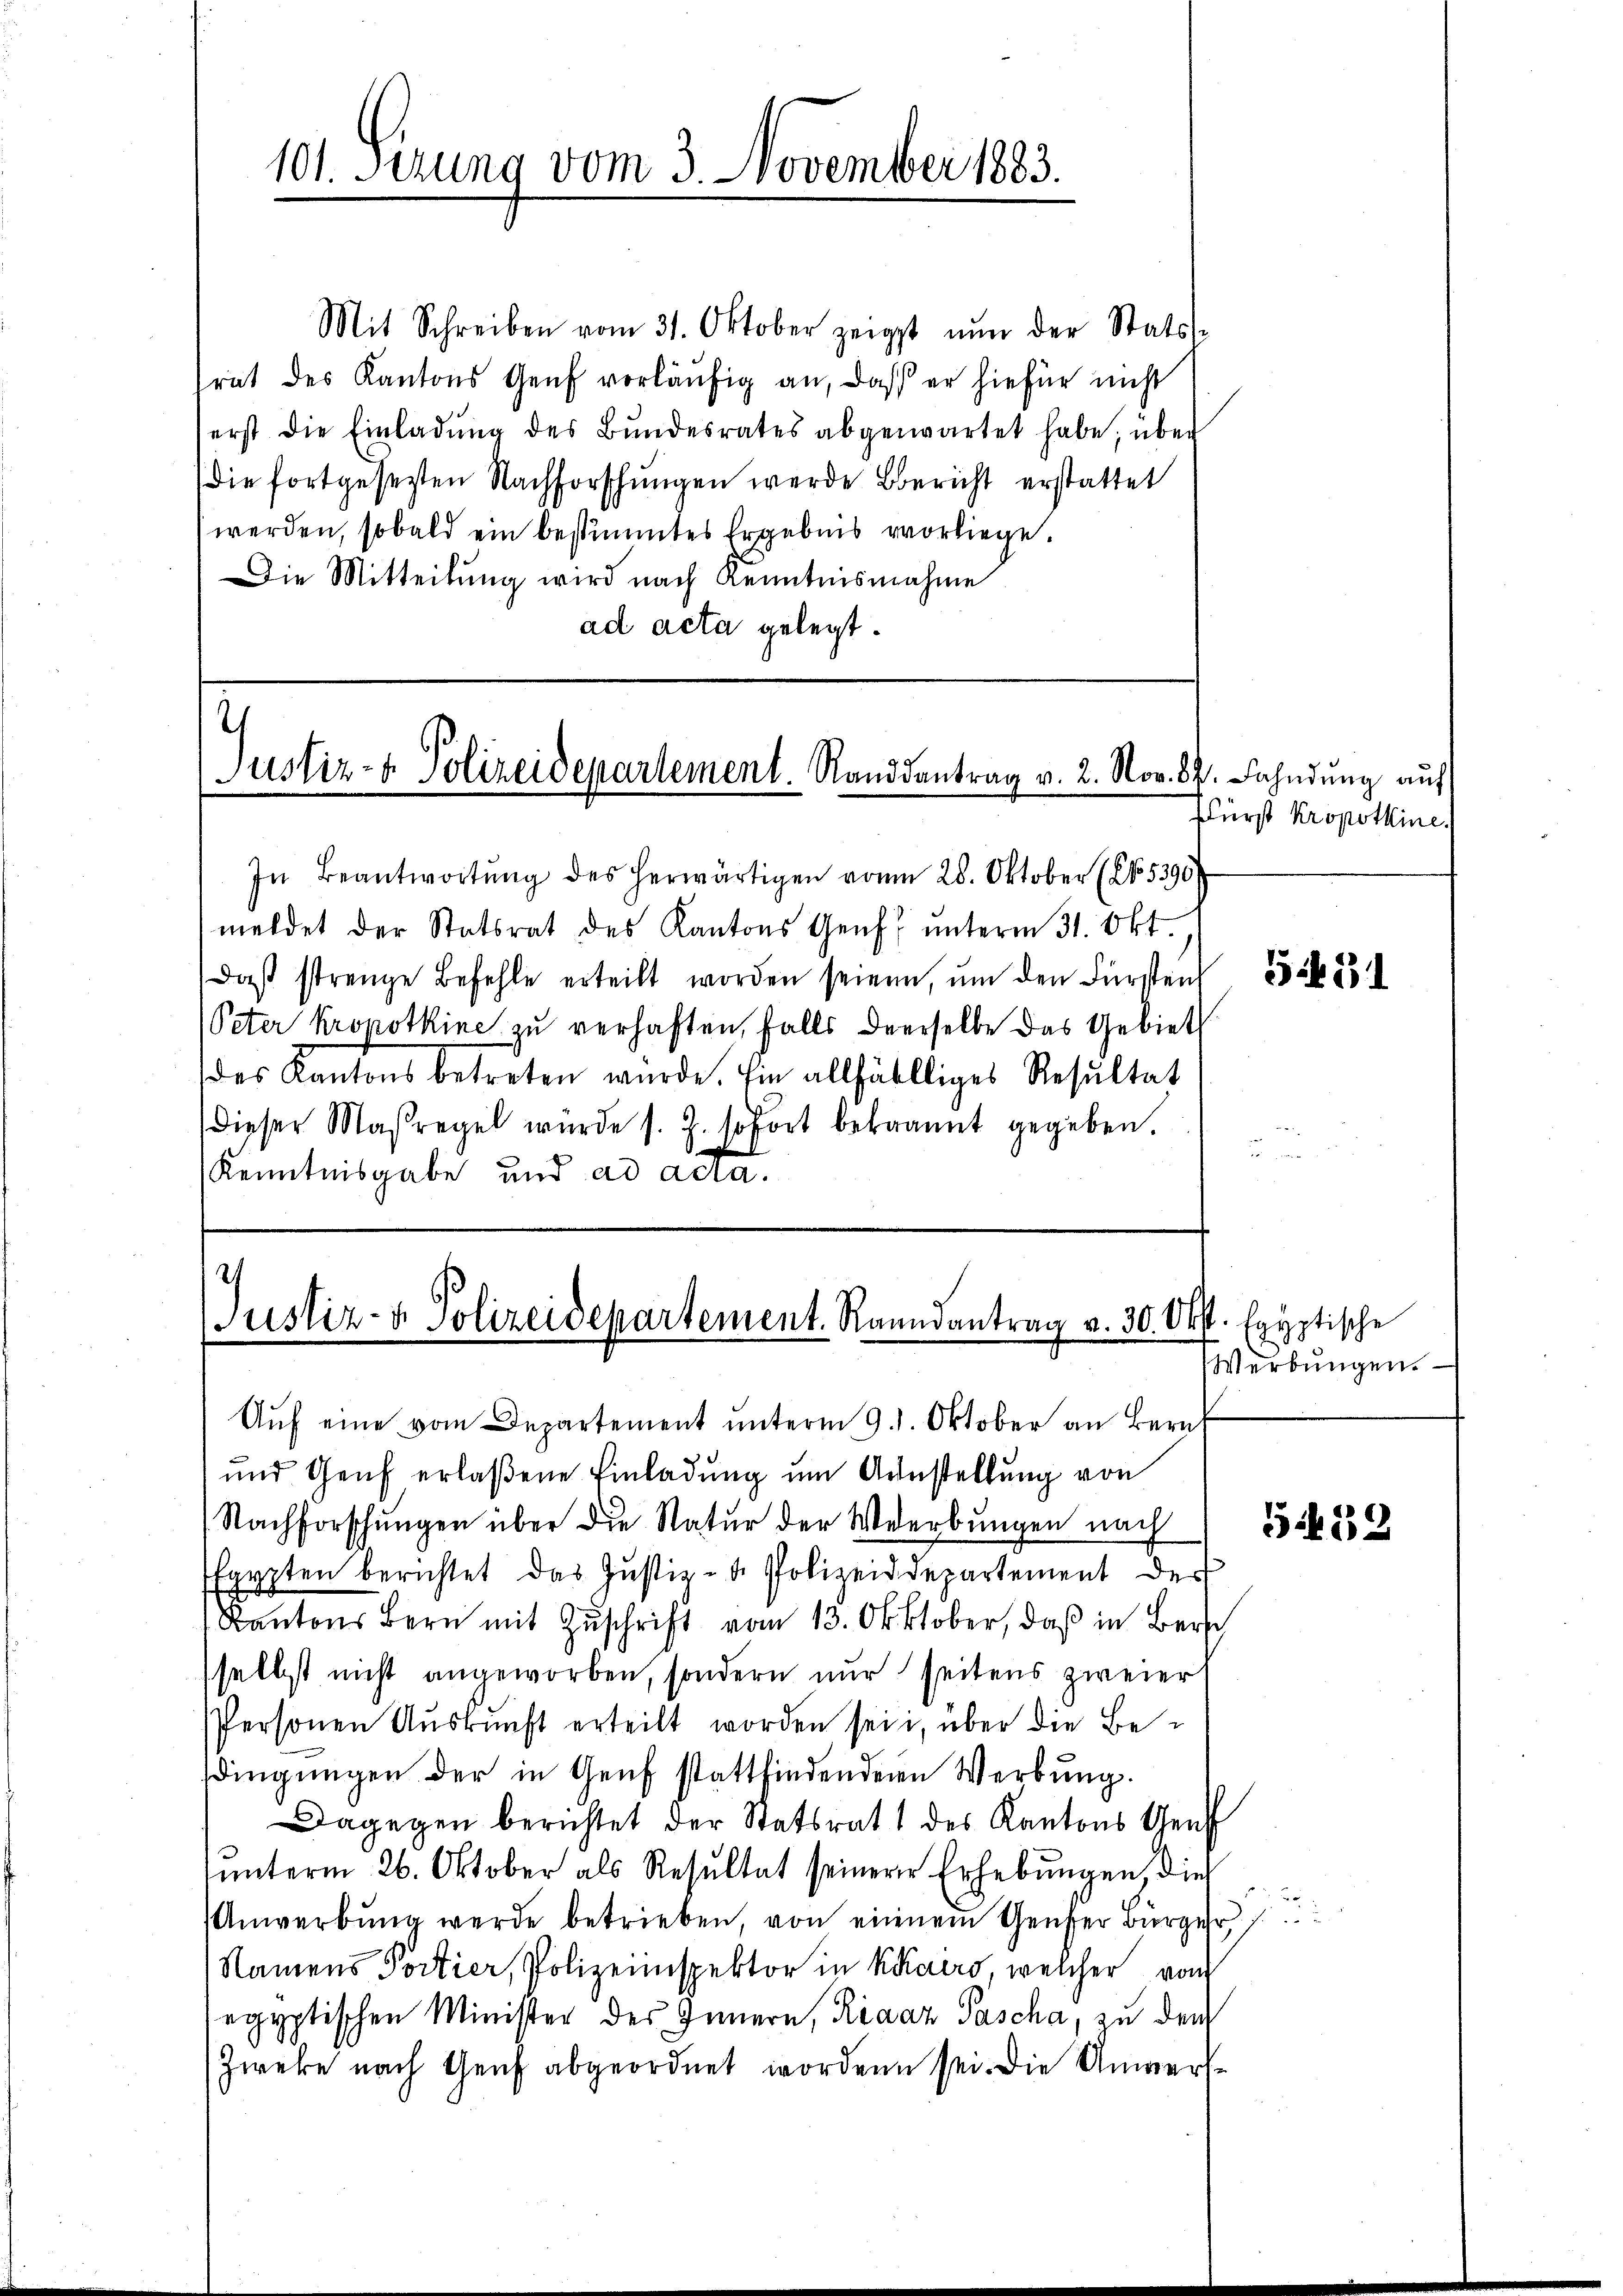
101. Serung vom 3. November 1883.

.
Justiz- & Polizeidepartement. Randsantrag v. 2. Nov. 87. Fahndŭng aŭf

Mit Schreiben vom 31. Oktober zeigt nŭn der Stats-
rat des Kantons Genf vorläŭfig an, daß er hiefür nicht
erst die Einladŭng des Bŭndesrates abgewartet habe, über
die fortgesezten Nachforschungen werde Bericht erstattet
werden, sobald ein bestimmtes Ergebnis vorliege.
Die Mitteilung wird nach Kenntnisnahme
ad acta gelegt.

In Beantwortung des herwärtigen vom 28. Oktober (15390
meldet der Statsrat des Kantons Genf unterm 31. Okt.
daß strenge Befehle erteilt worden seien, um den Fürsten
Peter kropotkine zu verhaften, falls derselbe das Gebiet
des Kantons betreten würde. Ein allfälliges Resultat
dieser Maßregel würde s. Z. sofort bekannt gegeben.
Kenntnisgabe und ad acta.

Justiz- & Polizeidepartement. Raandantrag v. 30. Okt. Egyptische

Aŭf eine vom Departement unterm 9. 1. Oktober an Bern
und Genf erlaßene Einladung um Ausstellung von
Nachforschungen über die Natur der Weerbungen nach
Egypten berichtet das Justiz- & Polizeidepartement der
Kantons Bern mit Zŭschrift vom 13. Oktober, daß in Bern
selbst nicht angeworben, sondern nur seitens zweier
Personen Auskunft erteilt worden sei, über die Bedingungen der in Genf stattfindendenen Werbung.
Dagegen berichtet der Statsrat des Kantons Genf
unterm 26. Oktober als Resultat seinere Erhebungen dies
Anwerbŭng werde betrieben, von einem Genfer Bürger
Namens Portier, Polizeiinspektor in Kairo, welcher von
egyptischen Minister des Innern, Riaaz Pascha, zu den
Zweke nach Genf abgeordnet worden sei. Die Anwerfe

Fürst Kropotkine.

5431

Werbungen.

522